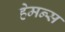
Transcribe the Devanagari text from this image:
हेमन्स